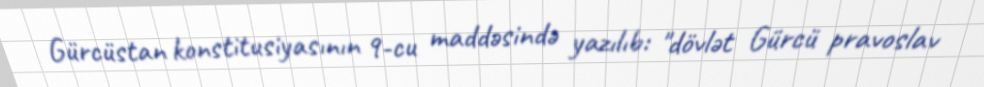
Gürcüstan konstitusiyasının 9-cu maddəsində yazılıb: "dövlət Gürcü pravoslav